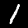
Digit: 1